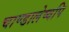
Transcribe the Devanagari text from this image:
चाण्डालेष्वपि